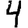
Digit: 4